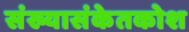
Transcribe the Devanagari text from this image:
संख्यासंकेतकोश